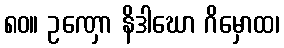
၈၀။ ဥဏှော နိဒါဃော ဂိမှောထ၊